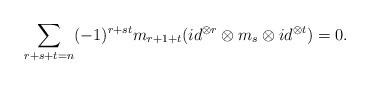
LaTeX: \begin{align*}\sum_{r+s+t=n} (-1)^{r+st}m_{r+1+t}( {id}^{\otimes r}\otimes m_{s}\otimes id^{\otimes t})=0.\end{align*}